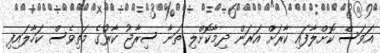
އަވަސް ކޮށްލާފައި ކާރަށް އަރަން ދިމާކޮށްލި ތަނާ ސިރާޖު ކާރުގެ މަތިވެސް ކަހާލައިފި